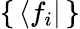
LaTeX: \{ \, \langle f_{i}|\, \}